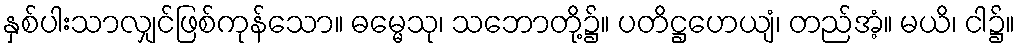
နှစ်ပါးသာလျှင်ဖြစ်ကုန်သော။ ဓမ္မေသု၊ သဘောတို့၌။ ပတိဋ္ဌဟေယျံ၊ တည်အံ့။ မယိ၊ ငါ၌။